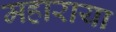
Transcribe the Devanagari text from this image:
महाराया